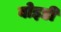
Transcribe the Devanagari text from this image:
बोइडी